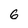
Character: 6